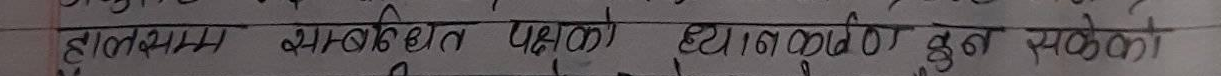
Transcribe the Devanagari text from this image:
हालसम्म सम्बन्धित पक्षको ध्यानाकर्षण हुन सकेको